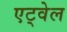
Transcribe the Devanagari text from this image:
एट्वेल